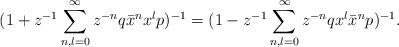
LaTeX: \begin{align*}(1 + z^{-1}\sum\limits_{n,l=0}^{\infty}z^{-n}q\bar{x}^{n}x^{l}p)^{-1}=(1 - z^{-1}\sum\limits_{n,l=0}^{\infty}z^{-n}qx^{l}\bar{x}^{n}p)^{-1}.\end{align*}